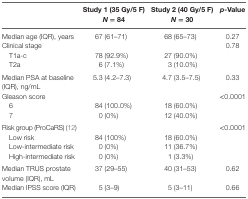
<table><thead><tr><td></td><td><b>Study 1 (35 Gy/5 F) <i>N</i> = 84</b></td><td><b>Study 2 (40 Gy/5 F) <i>N</i> = 30</b></td><td><b><i>p</i>-Value</b></td></tr></thead><tbody><tr><td>Median age (IQR), years</td><td>67 (61–71)</td><td>68 (65–73)</td><td>0.27</td></tr><tr><td>Clinical stage</td><td></td><td></td><td>0.78</td></tr><tr><td> T1a-c</td><td>78 (92.9%)</td><td>27 (90.0%)</td><td></td></tr><tr><td> T2a</td><td>6 (7.1%)</td><td>3 (10.0%)</td><td></td></tr><tr><td>Median PSA at baseline (IQR), ng/mL</td><td>5.3 (4.2–7.3)</td><td>4.7 (3.5–7.5)</td><td>0.33</td></tr><tr><td>Gleason score</td><td></td><td></td><td>&lt;0.0001</td></tr><tr><td> 6</td><td>84 (100.0%)</td><td>18 (60.0%)</td><td></td></tr><tr><td> 7</td><td>0 (0%)</td><td>12 (40.0%)</td><td></td></tr><tr><td>Risk group (ProCaRS) (12)</td><td></td><td></td><td>&lt;0.0001</td></tr><tr><td> Low risk</td><td>84 (100%)</td><td>18 (60.0%)</td><td></td></tr><tr><td> Low-intermediate risk</td><td>0 (0%)</td><td>11 (36.7%)</td><td></td></tr><tr><td> High-intermediate risk</td><td>0 (0%)</td><td>1 (3.3%)</td><td></td></tr><tr><td>Median TRUS prostate volume (IQR), mL</td><td>37 (29–55)</td><td>40 (31–53)</td><td>0.62</td></tr><tr><td>Median IPSS score (IQR)</td><td>5 (3–9)</td><td>5 (3–11)</td><td>0.66</td></tr></tbody></table>